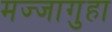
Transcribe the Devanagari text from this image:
मज्जागुहा